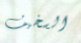
السخيف